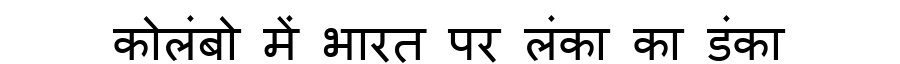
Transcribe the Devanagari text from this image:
कोलंबो में भारत पर लंका का डंका